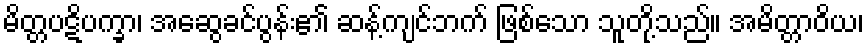
မိတ္တပဋိပက္ခာ၊ အဆွေခင်ပွန်း၏ ဆန့်ကျင်ဘက် ဖြစ်သော သူတို့သည်။ အမိတ္တာဝိယ၊